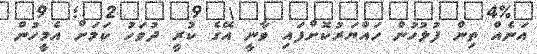
އަނެއް ތިން ފުލުހުން ހައްޔަރުކޮށްފައި ވާނީ އޭގެ ކުރީ ދުވަހު ކަމަށް އެމީހުން